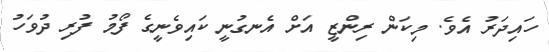
ހައިދަރު އެވެ. މިކަން ރިންޒީ އަށް އެނގުނީ ކައިވެނީގެ ފޯމު ފުރި ދުވަހު